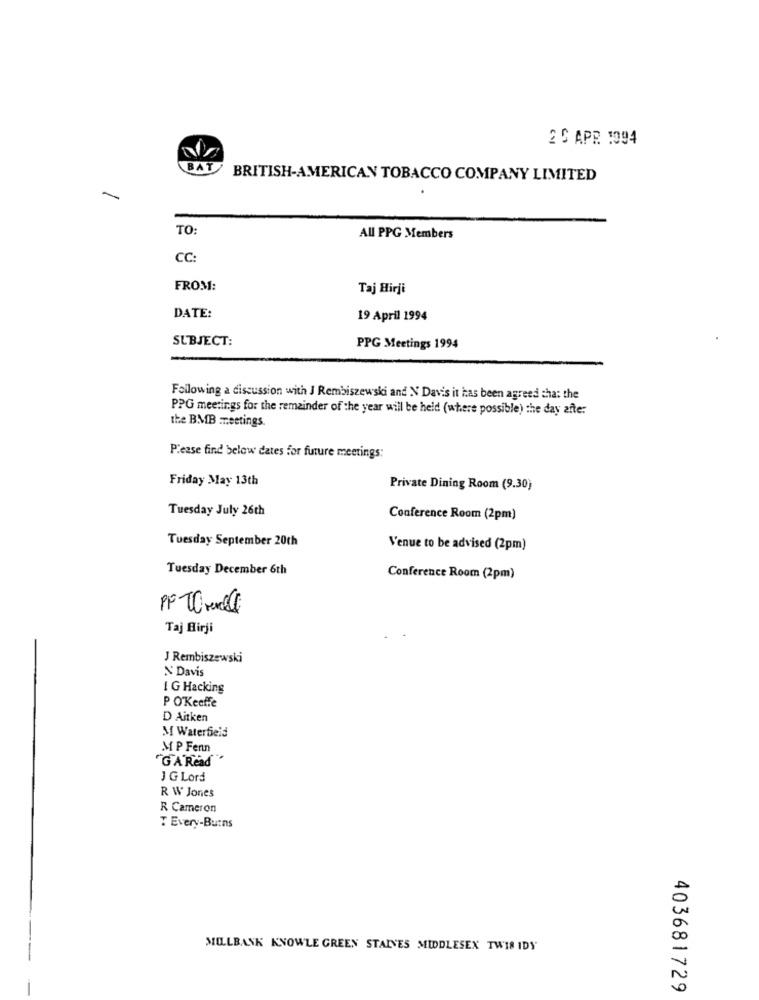
2 5 APR 1994
BAT
BRITISH-AMERICAN TOBACCO COMPANY LIMITED
TO:
All PPG Members
CC:
FROM:
Taj Hirji
DATE:
19 April 1994
SUBJECT:
PPG Meetings 1994
Following a discussion with J Rembiszewski and N Davis it has been agreed that the
PPG meetings for the remainder of the year will be held (where possible) the day after
the BMB meetings.
Please find below dates for future meetings:
Friday May 13th
Private Dining Room (9.30)
Tuesday July 26th
Conference Room (2pm)
Tuesday September 20ch
Venue to be advised (2pm)
Tuesday December 6th
Conference Room (2pm)
PF TO real
Taj Hirji
J Rembiszewski
N' Davis
I G Hacking
P O'Keeffe
D Aitken
M Waterfield
MP Fenn
"G'A'Read
J G Lord
R W Jones
R Cameron
T Every-Burns
MILLBANK KNOWLE GREEN STALVES MIDDLESEX TWIS IDY
403681729